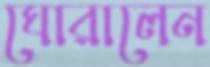
ঘোরালেন